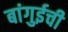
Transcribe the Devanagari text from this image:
बांगुईची